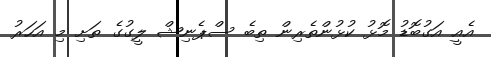
އެއީ އަގުބޮޑު މޮޅު ކުޅުންތެރިން ތިބެ ސްޕެނިޝް ލީގުގެ ތަށި މި އަހަރު